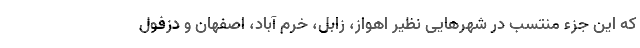
که این جزء منتسب در شهرهایی نظیر اهواز، زابل، خرم آباد، اصفهان و دزفول